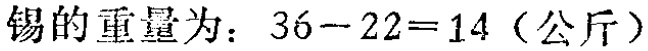
锡的重量为：\(36 - 22 = 14\)（公斤）